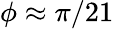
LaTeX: \phi\approx\pi/21